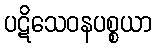
ပဋိသေဝနပစ္စယာ